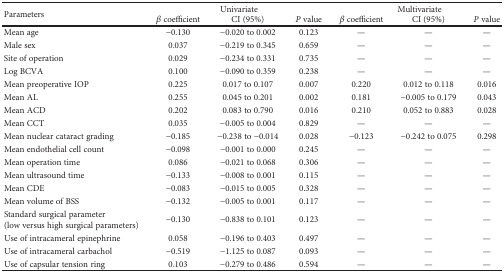
| <ROWSPAN=2> Parameters | <COLSPAN=3> Univariate | <COLSPAN=3> Multivariate |
 | β coefficient | CI (95%) | P value | β coefficient | CI (95%) | P value |
 | --- | --- | --- | --- | --- | --- | --- |
 | Mean age | −0.130 | −0.020 to 0.002 | 0.123 | — | — | — |
 | Male sex | 0.037 | −0.219 to 0.345 | 0.659 | — | — | — |
 | Site of operation | 0.029 | −0.234 to 0.331 | 0.735 | — | — | — |
 | Log BCVA | 0.100 | −0.090 to 0.359 | 0.238 | — | — | — |
 | Mean preoperative IOP | 0.225 | 0.017 to 0.107 | 0.007 | 0.220 | 0.012 to 0.118 | 0.016 |
 | Mean AL | 0.255 | 0.045 to 0.201 | 0.002 | 0.181 | −0.005 to 0.179 | 0.043 |
 | Mean ACD | 0.202 | 0.083 to 0.790 | 0.016 | 0.210 | 0.052 to 0.883 | 0.028 |
 | Mean CCT | 0.035 | −0.005 to 0.004 | 0.829 | — | — | — |
 | Mean nuclear cataract grading | −0.185 | −0.238 to −0.014 | 0.028 | −0.123 | −0.242 to 0.075 | 0.298 |
 | Mean endothelial cell count | −0.098 | −0.001 to 0.000 | 0.245 | — | — | — |
 | Mean operation time | 0.086 | −0.021 to 0.068 | 0.306 | — | — | — |
 | Mean ultrasound time | −0.133 | −0.008 to 0.001 | 0.115 | — | — | — |
 | Mean CDE | −0.083 | −0.015 to 0.005 | 0.328 | — | — | — |
 | Mean volume of BSS | −0.132 | −0.005 to 0.001 | 0.117 | — | — | — |
 | Standard surgical parameter (low versus high surgical parameters) | −0.130 | −0.838 to 0.101 | 0.123 | — | — | — |
 | Use of intracameral epinephrine | 0.058 | −0.196 to 0.403 | 0.497 | — | — | — |
 | Use of intracameral carbachol | −0.519 | −1.125 to 0.087 | 0.093 | — | — | — |
 | Use of capsular tension ring | 0.103 | −0.279 to 0.486 | 0.594 | — | — | — |